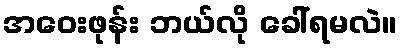
အဝေးဖုန်း ဘယ်လို ခေါ်ရမလဲ။